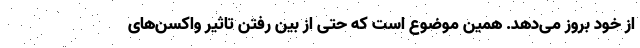
از خود بروز می‌دهد. همین موضوع است که حتی از بین رفتن تاثیر واکسن‌های